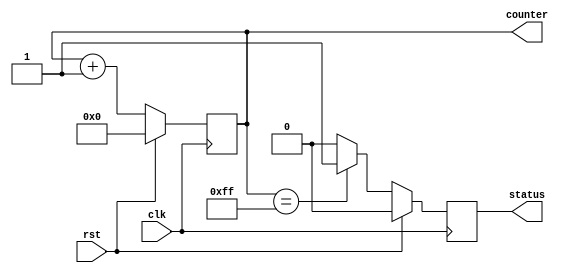
module reset_condition (
    input wire clk,         // Clock signal
    input wire rst,         // Reset signal (active high)
    output reg [7:0] counter, // Example internal state variable (8-bit counter)
    output reg status       // Example output flag
);

// Synchronous reset process
always @(posedge clk) begin
    if (rst) begin
        // Reset internal state variables and outputs
        counter <= 8'b0;     // Initialize counter to zero
        status <= 1'b0;      // Clear status flag
    end else begin
        // Normal operation logic
        // For demonstration, increment counter
        counter <= counter + 1;
        status <= (counter == 8'hFF) ? 1'b1 : 1'b0; // Set status if counter reaches max
    end
end

endmodule